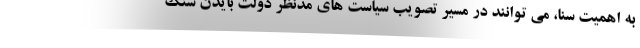
به اهمیت سنا، می توانند در مسیر تصویب سیاست های مدنظر دولت بایدن سنگ